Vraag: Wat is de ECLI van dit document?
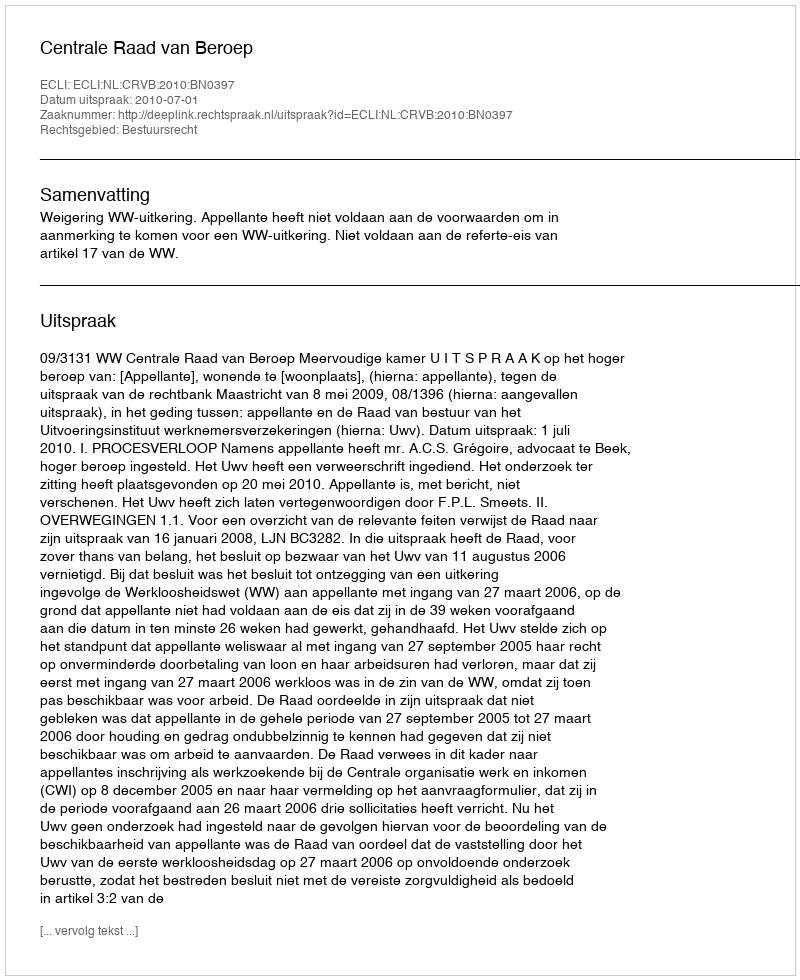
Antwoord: ECLI:NL:CRVB:2010:BN0397